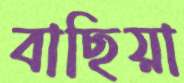
বাছিয়া